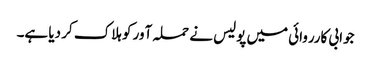
جوابی کارروائی میں پولیس نے حملہ آور کو ہلاک کر دیا ہے۔